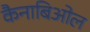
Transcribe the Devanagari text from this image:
कैनाबिओल